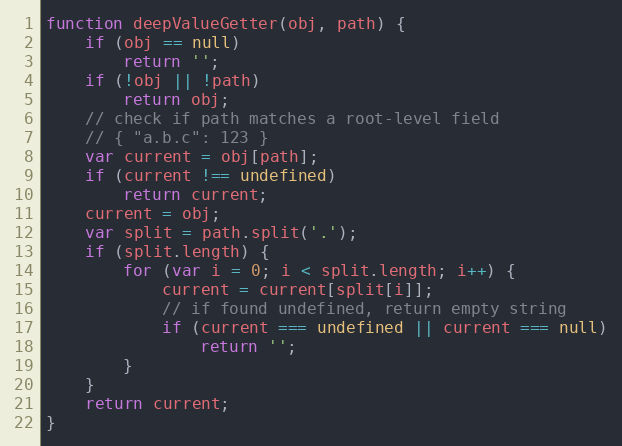
Language: JavaScript
function deepValueGetter(obj, path) {
    if (obj == null)
        return '';
    if (!obj || !path)
        return obj;
    // check if path matches a root-level field
    // { "a.b.c": 123 }
    var current = obj[path];
    if (current !== undefined)
        return current;
    current = obj;
    var split = path.split('.');
    if (split.length) {
        for (var i = 0; i < split.length; i++) {
            current = current[split[i]];
            // if found undefined, return empty string
            if (current === undefined || current === null)
                return '';
        }
    }
    return current;
}